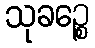
သုခဉ္စေ